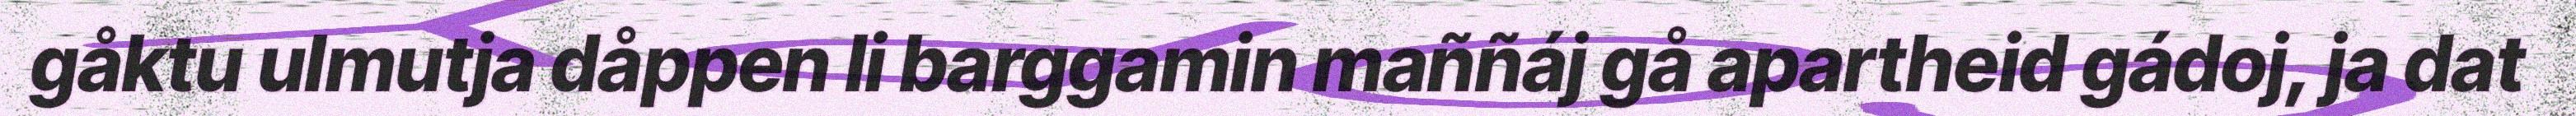
gåktu ulmutja dåppen li barggamin maññáj gå apartheid gádoj, ja dat